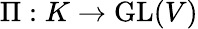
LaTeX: \Pi:K\rightarrow\operatorname{GL}(V)